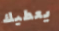
يعطيك